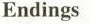
Endings